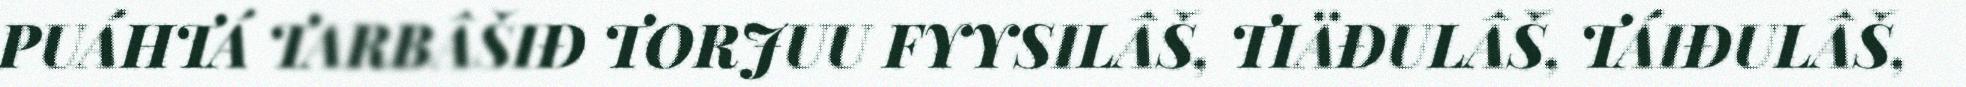
PUÁHTÁ TARBÂŠIĐ TORJUU FYYSILÂŠ, TIÄĐULÂŠ, TÁIĐULÂŠ,